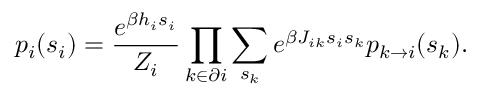
p _ { i } ( s _ { i } ) = \frac { e ^ { \beta h _ { i } s _ { i } } } { Z _ { i } } \prod _ { k \in \partial i } \sum _ { s _ { k } } e ^ { \beta J _ { i k } s _ { i } s _ { k } } p _ { k \to i } ( s _ { k } ) .